Triennial report on the lunatic asylums in the province of Eastern Bengal and Assam - 1903-1911
Year: 1903
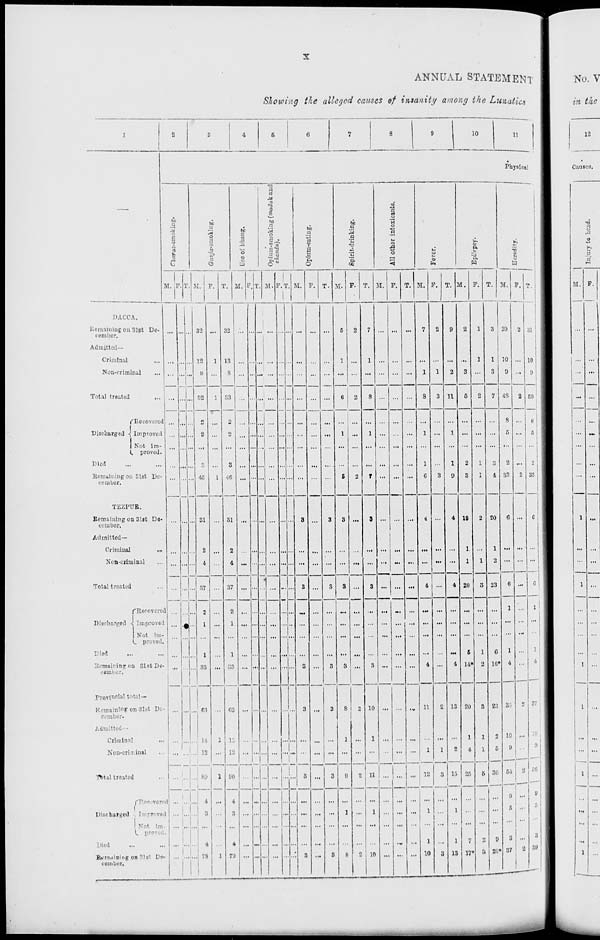
x
ANNUAL STATEMENT
Showing the alleged causes of insanity among the Lunatics
1
—
DACCA.
Remaining on 31st De-
cember.
Admitted—
Criminal ...
Non-criminal
...
Total treated
...
Discharged
Recovered
Improved
Not im-
proved.
Died ... ...
Remaining on 31st De-
cember.
TEZPUR.
Remaining on 31st De-
cember.
Admitted—
Criminal
...
Non-criminal ...
Total treated ...
Discharged
Recovered
Improved
Not im-
proved.
Died ... ...
Remaining on 31st De-
cember.
Provincial total—
Remaining on 31st De-
cember.
Admitted—
Criminal ...
Non-criminal ...
Total treated ...
Discharged
Recovered
Improved
Not im-
proved.
Died ... ...
Remaining on 31st De-
cember.
2
3
4
5
6
7
8
9
10
11
Physical
Charas-smoking.
M.
...
...
...
...
...
...
...
...
...
...
...
...
...
...
...
...
...
...
...
...
...
...
...
...
...
...
...
F.
...
...
...
...
...
...
...
...
...
...
...
...
...
...
...
...
...
...
...
...
...
...
...
...
...
...
...
T.
...
...
...
...
...
...
...
...
...
...
...
...
...
...
...
...
...
...
...
...
...
...
...
...
...
...
...
Ganja-smoking.
M.
32
12
8
52
2
2
...
3
45
31
2
4
37
2
1
...
1
33
63
14
12
89
4
3
...
4
78
F.
...
1
...
1
...
...
...
...
1
...
...
...
...
...
...
...
...
...
...
1
...
1
...
...
...
...
1
T.
32
13
8
53
2
2
...
3
46
31
2
4
37
2
1
...
1
33
63
15
12
90
4
3
...
4
79
Use of bhang.
M.
...
...
...
...
...
...
...
...
...
...
...
...
...
...
...
...
...
...
...
...
...
...
...
...
...
...
...
F.
...
...
...
...
...
...
...
...
...
...
...
...
...
...
...
...
...
...
...
...
...
...
...
...
...
...
...
T.
...
...
...
...
...
...
...
...
...
...
...
...
...
...
...
...
...
...
...
...
...
...
...
...
...
...
...
Opium-smoking (madak and
chandu).
M.
...
...
...
...
...
...
...
...
...
...
...
...
...
...
...
...
...
...
...
...
...
...
...
...
...
...
...
F.
...
...
...
...
...
...
...
...
...
...
...
...
...
...
...
...
...
...
...
...
...
...
...
...
...
...
...
T.
...
...
...
...
...
...
...
...
...
...
...
...
...
...
...
...
...
...
...
...
...
...
...
...
...
...
...
Opium-eating.
M.
...
...
...
...
...
...
...
...
...
3
...
...
3
...
...
...
...
3
3
...
...
3
...
...
...
...
3
F.
...
...
...
...
...
...
...
...
...
...
...
...
...
...
...
...
...
...
...
...
...
...
...
...
...
...
...
T.
...
...
...
...
...
...
...
...
...
3
...
...
3
...
...
...
...
3
3
...
...
3
...
...
...
...
3
Spirit-drinking.
M.
5
1
...
6
...
1
...
...
5
3
...
...
3
...
...
...
...
3
8
1
...
9
...
1
...
...
8
F.
2
...
...
2
...
...
...
...
2
...
...
...
...
...
...
...
...
...
2
...
...
2
...
...
...
...
2
T.
7
1
...
8
...
1
...
...
7
3
...
...
3
...
...
...
...
3
10
1
...
11
...
1
...
...
10
All other intoxicants.
M.
...
...
...
...
...
...
...
...
...
...
...
...
...
...
...
...
...
...
...
...
...
...
...
...
...
...
...
F.
...
...
...
...
...
...
...
...
...
...
...
...
...
...
...
...
...
...
...
...
...
...
...
...
...
...
...
T.
...
...
...
...
...
...
...
...
...
...
...
...
...
...
...
...
...
...
...
...
...
...
...
...
...
...
...
Fever.
M.
7
...
1
8
...
1
...
1
6
4
...
...
4
...
...
...
...
4
11
...
1
12
...
1
...
1
10
F.
2
...
1
3
...
...
...
...
3
...
...
...
...
...
...
...
...
...
2
...
1
3
...
...
...
...
3
T.
9
...
2
11
...
1
...
1
9
4
...
...
4
...
...
...
...
4
13
...
2
15
...
1
...
1
13
Epilepsy.
M.
2
...
3
5
...
...
...
2
3
18
1
1
20
...
...
...
5
14*
20
1
4
25
...
...
...
7
17*
F.
1
1
...
2
...
...
...
1
1
2
...
1
3
...
...
...
1
2
3
1
1
5
...
...
...
2
3
T.
3
1
3
7
...
...
...
3
4
20
1
2
23
...
...
...
6
16*
23
2
5
30
...
...
...
9
20*
Heredity.
M.
29
10
9
48
8
5
...
2
33
6
...
...
6
1
...
...
1
4
35
10
9
54
9
5
...
3
37
F.
2
...
...
2
...
...
...
...
2
...
...
...
...
...
...
...
...
...
2
...
...
2
...
...
...
...
2
T.
31
10
9
50
8
5
...
2
35
6
...
...
6
1
...
...
1
4
37
10
9
56
9
5
...
3
39